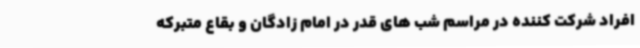
افراد شرکت کننده در مراسم شب های قدر در امام زادگان و بقاع متبرکه